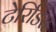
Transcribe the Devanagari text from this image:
टेरिडिंस